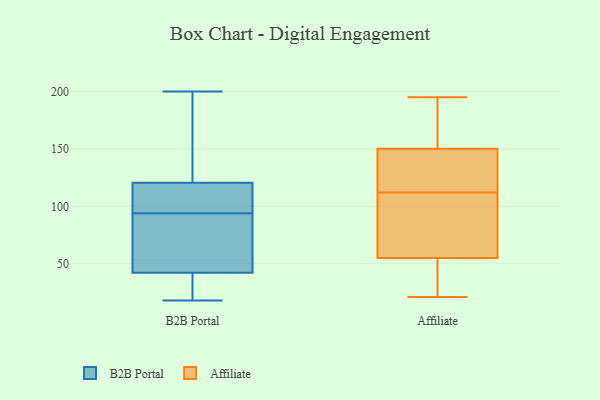
{"axis": {"x": "Active Users", "y": "Value"}, "legend": ["Affiliate", "B2B Portal"], "data": [{"x": "", "y": 126, "type": "B2B Portal"}, {"x": "", "y": 92, "type": "B2B Portal"}, {"x": "", "y": 39, "type": "B2B Portal"}, {"x": "", "y": 57, "type": "B2B Portal"}, {"x": "", "y": 96, "type": "B2B Portal"}, {"x": "", "y": 18, "type": "B2B Portal"}, {"x": "", "y": 115, "type": "B2B Portal"}, {"x": "", "y": 33, "type": "B2B Portal"}, {"x": "", "y": 199, "type": "B2B Portal"}, {"x": "", "y": 104, "type": "B2B Portal"}, {"x": "", "y": 200, "type": "B2B Portal"}, {"x": "", "y": 45, "type": "B2B Portal"}, {"x": "", "y": 145, "type": "Affiliate"}, {"x": "", "y": 112, "type": "Affiliate"}, {"x": "", "y": 50, "type": "Affiliate"}, {"x": "", "y": 119, "type": "Affiliate"}, {"x": "", "y": 153, "type": "Affiliate"}, {"x": "", "y": 195, "type": "Affiliate"}, {"x": "", "y": 152, "type": "Affiliate"}, {"x": "", "y": 30, "type": "Affiliate"}, {"x": "", "y": 21, "type": "Affiliate"}, {"x": "", "y": 94, "type": "Affiliate"}, {"x": "", "y": 70, "type": "Affiliate"}]}